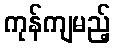
ကုန်ကျမည့်